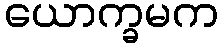
ယောက္ခမက